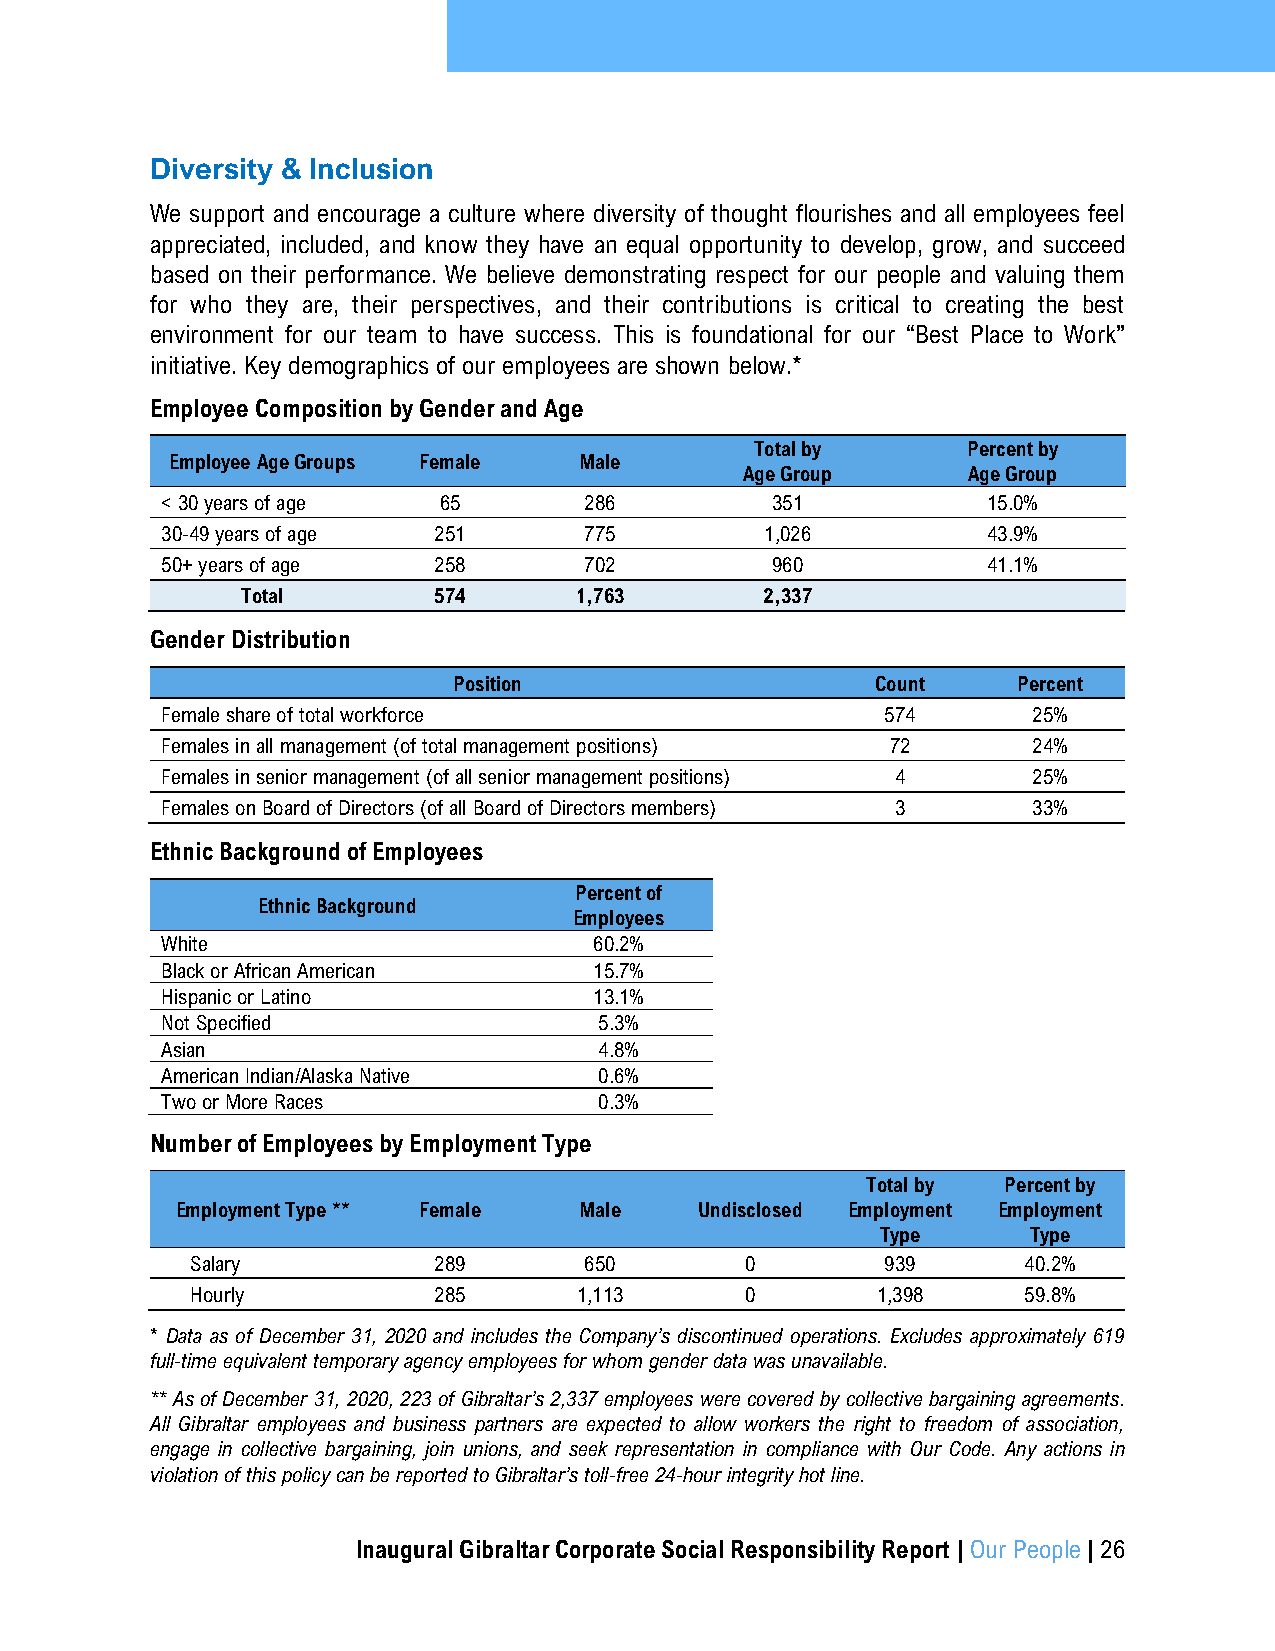
Diversity & Inclusion
 We support and encourage a culture where diversity of thought flourishes and all employees feel
 appreciated, included, and know they have an equal opportunity to develop, grow, and succeed
 based on their performance. We believe demonstrating respect for our people and valuing them
 for who they are, their perspectives, and their contributions is critical to creating the best
 environment for our team to have success. This is foundational for our “Best Place to Work”
 initiative. Key demographics of our employees are shown below.*
 Employee Composition by Gender and Age
 Total by      Percent by
 Employee Age Groups Female Male
 Age Group      Age Group
 < 30 years of age 65        286         351           15.0%
 30-49 years of age 251      775         1,026         43.9%
 50+ years of age  258       702         960           41.1%
 Total        574      1,763        2,337
 Gender Distribution
 Position                    Count    Percent
 Female share of total workforce                 574      25%
 Females in all management (of total management positions) 72 24%
 Females in senior management (of all senior management positions) 4 25%
 Females on Board of Directors (of all Board of Directors members) 3 33%
 Ethnic Background of Employees
 Percent of
 Ethnic Background
 Employees
 White                       60.2%
 Black or African American   15.7%
 Hispanic or Latino          13.1%
 Not Specified                5.3%
 Asian                        4.8%
 American Indian/Alaska Native 0.6%
 Two or More Races            0.3%
 Number of Employees by Employment Type
 Total by  Percent by
 Employment Type ** Female Male    Undisclosed Employment Employment
 Type      Type
 Salary          289       650       0         939      40.2%
 Hourly          285      1,113      0        1,398     59.8%
 * Data as of December 31, 2020 and includes the Company’s discontinued operations. Excludes approximately 619
 full-time equivalent temporary agency employees for whom gender data was unavailable.
 ** As of December 31, 2020, 223 of Gibraltar’s 2,337 employees were covered by collective bargaining agreements.
 All Gibraltar employees and business partners are expected to allow workers the right to freedom of association,
 engage in collective bargaining, join unions, and seek representation in compliance with Our Code. Any actions in
 violation of this policy can be reported to Gibraltar’s toll-free 24-hour integrity hot line.
 Inaugural Gibraltar Corporate Social Responsibility Report | Our People | 26